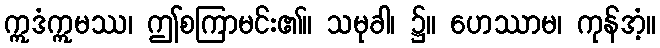
ဣဒံဣမဿ၊ ဤစကြာမင်း၏။ သမုခါ၊ ၌။ ဟေဿာမ၊ ကုန်အံ့။